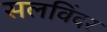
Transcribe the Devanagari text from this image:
सलविंदर